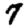
Digit: 7